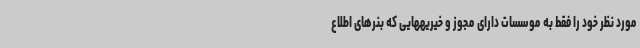
مورد نظر خود را فقط به موسسات دارای مجوز و خیریههایی که بنرهای اطلاع